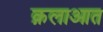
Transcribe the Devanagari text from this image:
क़लाआत